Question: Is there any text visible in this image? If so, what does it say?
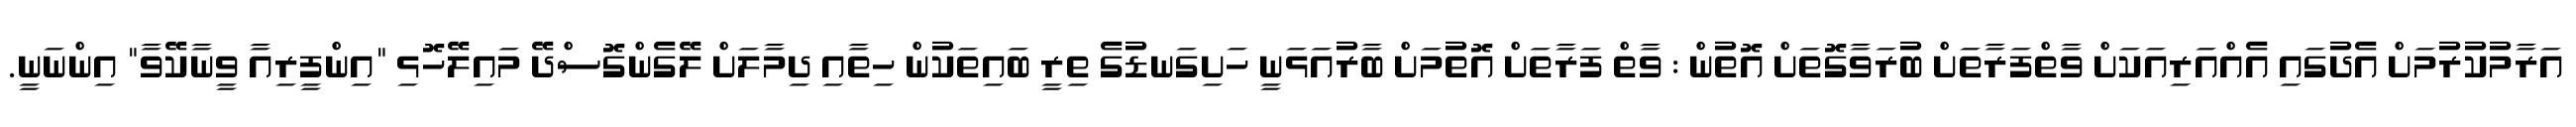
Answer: އަރާމުކުރުމަށް އެދުގައި އެއްއަރިއަކަށް ވާތްފަރާތަށް ބުރަވާގޮތަށް އޮތުން : ވާތް ފަރާތަށް އޮތުމަށް ބާރުއަޅަނީ ހަށިގަނޑުގެ ތިރީ ބައިތަކުން ހިތާއި ދިމާލަށް ލޭގެންގޮސްދޭ މައިލޭހޮޅި "އިންފީރިއާ ވީނާކޭވާ" އިންނަނީ.